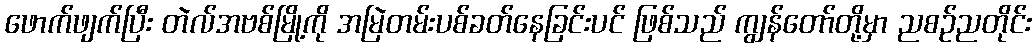
ဖောက်ဖျက်ပြီး တဲလ်အဗစ်မြို့ကို အမြဲတမ်းပစ်ခတ်နေခြင်းပင် ဖြစ်သည် ကျွန်တော်တို့မှာ ညစဉ်ညတိုင်း